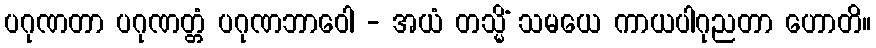
ပဂုဏတာ ပဂုဏတ္တံ ပဂုဏဘာဝေါ - အယံ တသ္မိံ သမယေ ကာယပါဂုညတာ ဟောတိ။